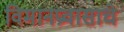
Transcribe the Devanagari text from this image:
विमानप्रवासाचे